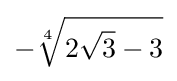
-{\sqrt[{4}]{2{\sqrt {3}}-3}}